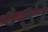
ડફી